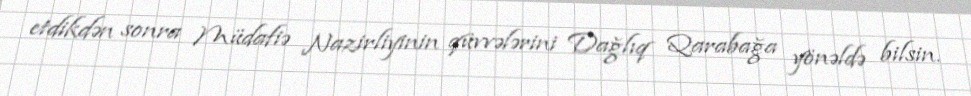
etdikdən sonra Müdafiə Nazirliyinin qüvvələrini Dağlıq Qarabağa yönəldə bilsin.